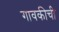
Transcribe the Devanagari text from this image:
गावकीची